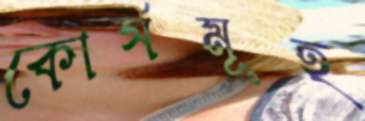
কোর্সমূহ